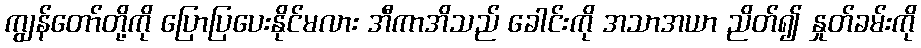
ကျွန်တော်တို့ကို ပြောပြပေးနိုင်မလား အီကာအိသည် ခေါင်းကို အသာအယာ ညိတ်၍ နှုတ်ခမ်းကို